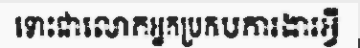
ទោះជាលោកអ្នកប្រកបការងារអ្វី